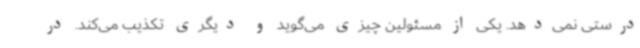
درستی نمی‌دهد. یکی از مسئولین چیزی می‌گوید و دیگری تکذیب می‌کند. در